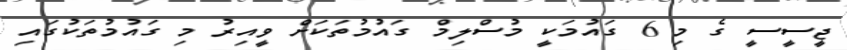
ޖީސީސީ ގެ މި 6 ގައުމަކީ މުސްލިމް ގައުމުތަކަށް ވީއިރު މި ގައުމުތަކުގައި